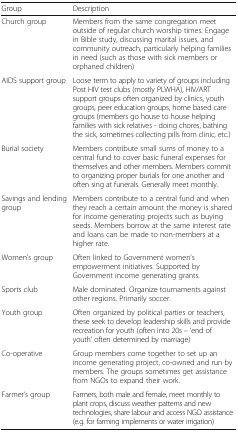
| Group | Description |
 | --- | --- |
 | Church group | Members from the same congregation meet outside of regular church worship times. Engage in Bible study, discussing marital issues, and community outreach, particularly helping families in need (such as those with sick members or orphaned children) |
 | AIDS support group | Loose term to apply to variety of groups including Post HIV test clubs (mostly PLWHA), HIV/ART support groups often organized by clinics, youth groups, peer education groups, home based care groups (members go house to house helping families with sick relatives - doing chores, bathing the sick, sometimes collecting pills from clinic, etc.) |
 | Burial society | Members contribute small sums of money to a central fund to cover basic funeral expenses for themselves and other members. Members commit to organizing proper burials for one another and often sing at funerals. Generally meet monthly. |
 | Savings and lending group | Members contribute to a central fund and when they reach a certain amount the money is shared for income generating projects such as buying seeds. Members borrow at the same interest rate and loans can be made to non-members at a higher rate. |
 | Women’s group | Often linked to Government women’s empowerment initiatives. Supported by Government income generating grants. |
 | Sports club | Male dominated. Organize tournaments against other regions. Primarily soccer. |
 | Youth group | Often organized by political parties or teachers, these seek to develop leadership skills and provide recreation for youth (often into 20s – ‘end of youth’ often determined by marriage) |
 | Co-operative | Group members come together to set up an income generating project, co-owned and run by members. The groups sometimes get assistance from NGOs to expand their work. |
 | Farmer’s group | Farmers, both male and female, meet monthly to plant crops, discuss weather patterns and new technologies, share labour and access NGO assistance (e.g. for farming implements or water irrigation) |